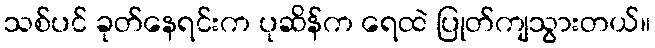
သစ်ပင် ခုတ်နေရင်းက ပုဆိန်က ရေထဲ ပြုတ်ကျသွားတယ်။